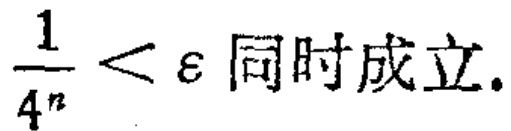
$\frac{1}{4^{n}}<\varepsilon 同时成立.$